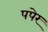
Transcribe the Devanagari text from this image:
पपेर